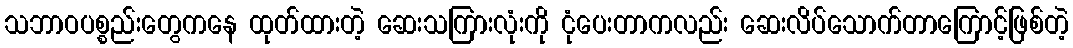
သဘာဝပစ္စည်းတွေကနေ ထုတ်ထားတဲ့ ဆေးသကြားလုံးကို ငုံပေးတာကလည်း ဆေးလိပ်သောက်တာကြောင့်ဖြစ်တဲ့